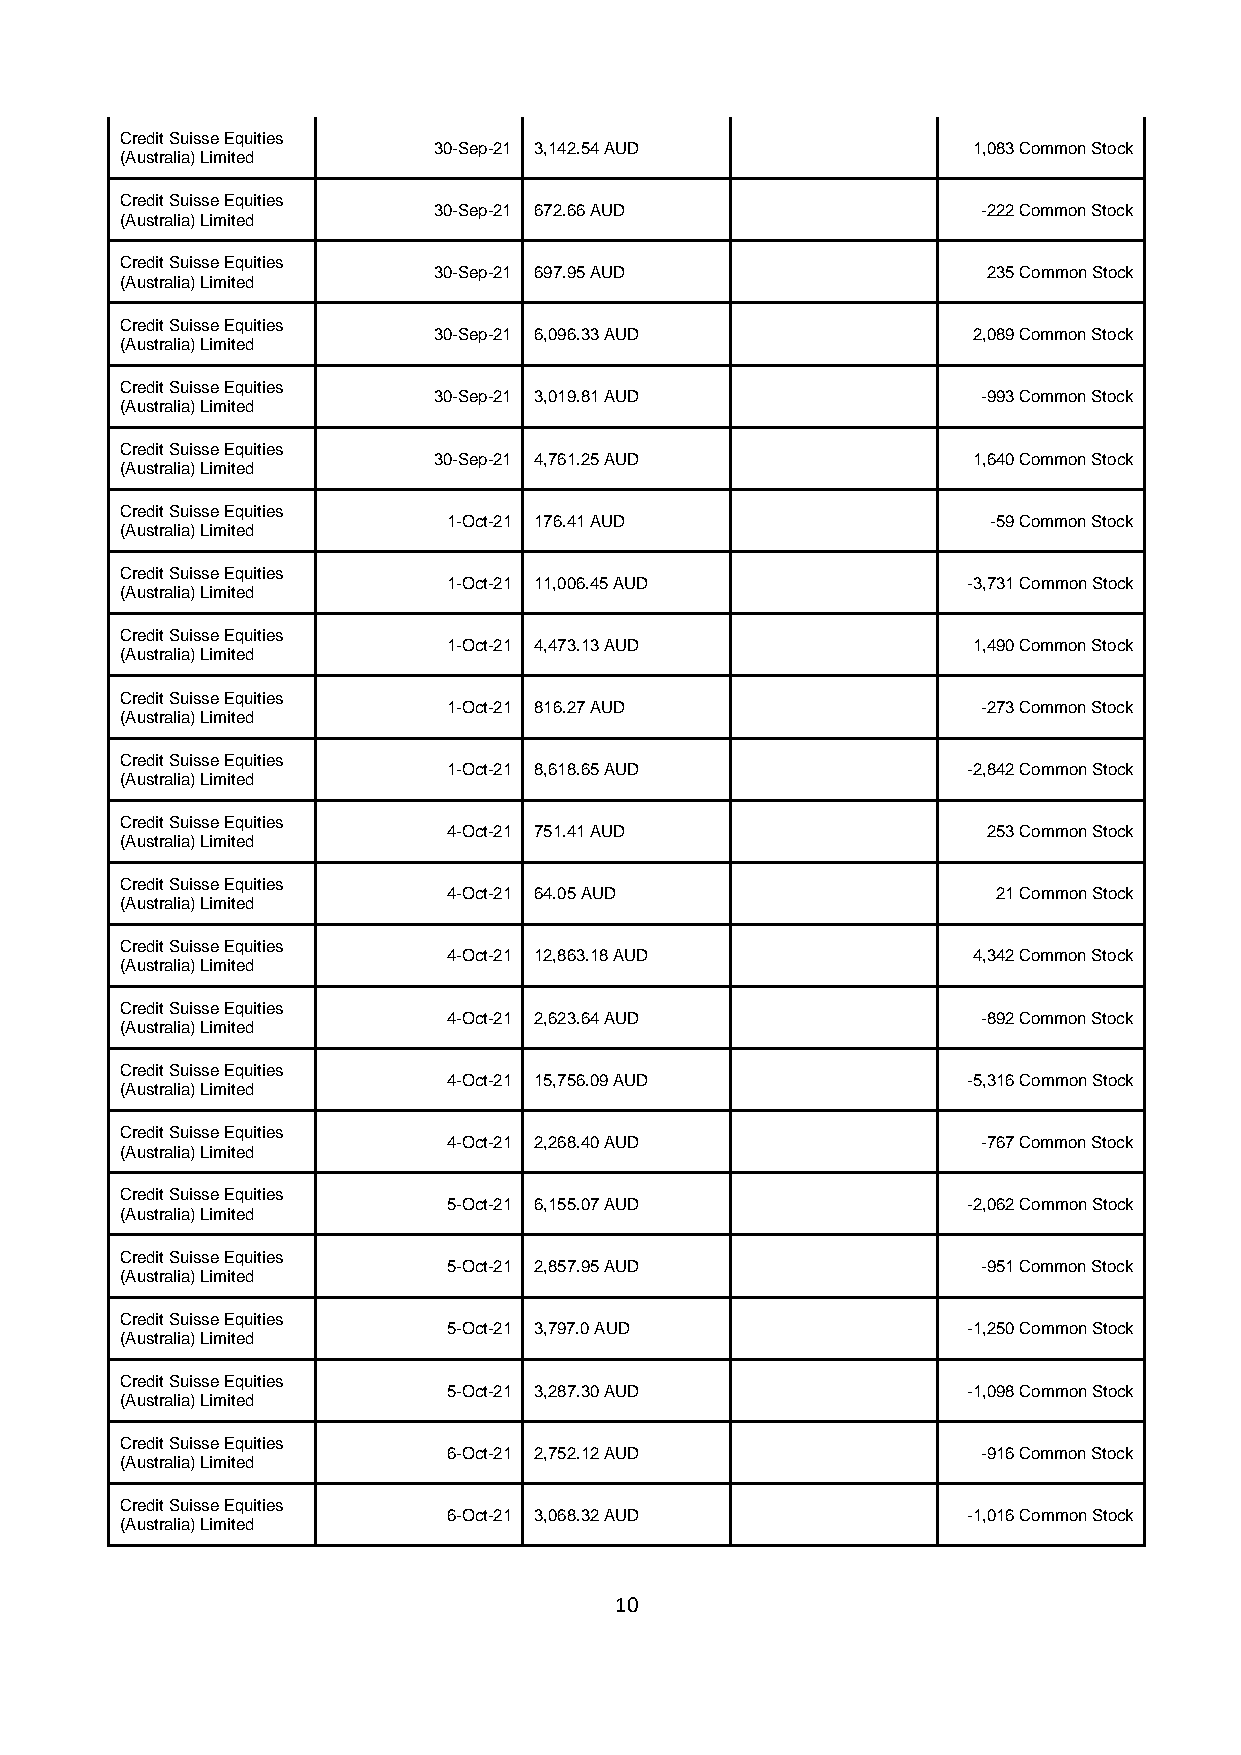
Credit Suisse Equities
 30-Sep-21 3,142.54 AUD             1,083 Common Stock
 (Australia) Limited
 Credit Suisse Equities
 30-Sep-21 672.66 AUD                -222 Common Stock
 (Australia) Limited
 Credit Suisse Equities
 30-Sep-21 697.95 AUD                235 Common Stock
 (Australia) Limited
 Credit Suisse Equities
 30-Sep-21 6,096.33 AUD             2,089 Common Stock
 (Australia) Limited
 Credit Suisse Equities
 30-Sep-21 3,019.81 AUD              -993 Common Stock
 (Australia) Limited
 Credit Suisse Equities
 30-Sep-21 4,761.25 AUD             1,640 Common Stock
 (Australia) Limited
 Credit Suisse Equities
 1-Oct-21 176.41 AUD                 -59 Common Stock
 (Australia) Limited
 Credit Suisse Equities
 1-Oct-21 11,006.45 AUD            -3,731 Common Stock
 (Australia) Limited
 Credit Suisse Equities
 1-Oct-21 4,473.13 AUD             1,490 Common Stock
 (Australia) Limited
 Credit Suisse Equities
 1-Oct-21 816.27 AUD                -273 Common Stock
 (Australia) Limited
 Credit Suisse Equities
 1-Oct-21 8,618.65 AUD             -2,842 Common Stock
 (Australia) Limited
 Credit Suisse Equities
 4-Oct-21 751.41 AUD                253 Common Stock
 (Australia) Limited
 Credit Suisse Equities
 4-Oct-21 64.05 AUD                  21 Common Stock
 (Australia) Limited
 Credit Suisse Equities
 4-Oct-21 12,863.18 AUD            4,342 Common Stock
 (Australia) Limited
 Credit Suisse Equities
 4-Oct-21 2,623.64 AUD              -892 Common Stock
 (Australia) Limited
 Credit Suisse Equities
 4-Oct-21 15,756.09 AUD            -5,316 Common Stock
 (Australia) Limited
 Credit Suisse Equities
 4-Oct-21 2,268.40 AUD              -767 Common Stock
 (Australia) Limited
 Credit Suisse Equities
 5-Oct-21 6,155.07 AUD             -2,062 Common Stock
 (Australia) Limited
 Credit Suisse Equities
 5-Oct-21 2,857.95 AUD              -951 Common Stock
 (Australia) Limited
 Credit Suisse Equities
 5-Oct-21 3,797.0 AUD              -1,250 Common Stock
 (Australia) Limited
 Credit Suisse Equities
 5-Oct-21 3,287.30 AUD             -1,098 Common Stock
 (Australia) Limited
 Credit Suisse Equities
 6-Oct-21 2,752.12 AUD              -916 Common Stock
 (Australia) Limited
 Credit Suisse Equities
 6-Oct-21 3,068.32 AUD             -1,016 Common Stock
 (Australia) Limited
 10